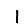
Digit: 1